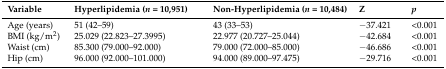
| Variable | Hyperlipidemia (n = 10,951) | Non-Hyperlipidemia (n = 10,484) | Z | p |
 | --- | --- | --- | --- | --- |
 | Age (years) | 51 (42–59) | 43 (33–53) | −37.421 | <0.001 |
 | BMI (kg/m2) | 25.029 (22.823–27.3995) | 22.977 (20.727–25.044) | −42.684 | <0.001 |
 | Waist (cm) | 85.300 (79.000–92.000) | 79.000 (72.000–85.000) | −46.686 | <0.001 |
 | Hip (cm) | 96.000 (92.000–101.000) | 94.000 (89.000–97.475) | −29.716 | <0.001 |